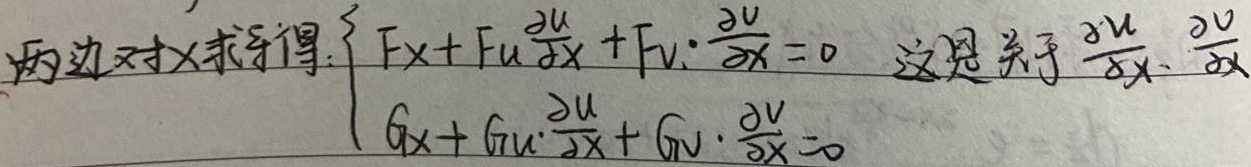
两边对 $x$ 求导得：
\[\begin{cases}
F_x + F_u\frac{\partial u}{\partial x}+F_v\cdot\frac{\partial v}{\partial x}=0\\
G_x + G_u\cdot\frac{\partial u}{\partial x}+G_v\cdot\frac{\partial v}{\partial x}=0
\end{cases}\]
这是关于 $\frac{\partial u}{\partial x}$、$\frac{\partial v}{\partial x}$ 。